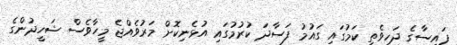
ފައިސާގެ ދަހިވެތި ކަމުގައި ގައުމު ފަސާދަ ކުރުމުގައި އުޅެނިކޮށް މަރުވެއްޖެ މީހާވެސް ޝަހީދުންގެ